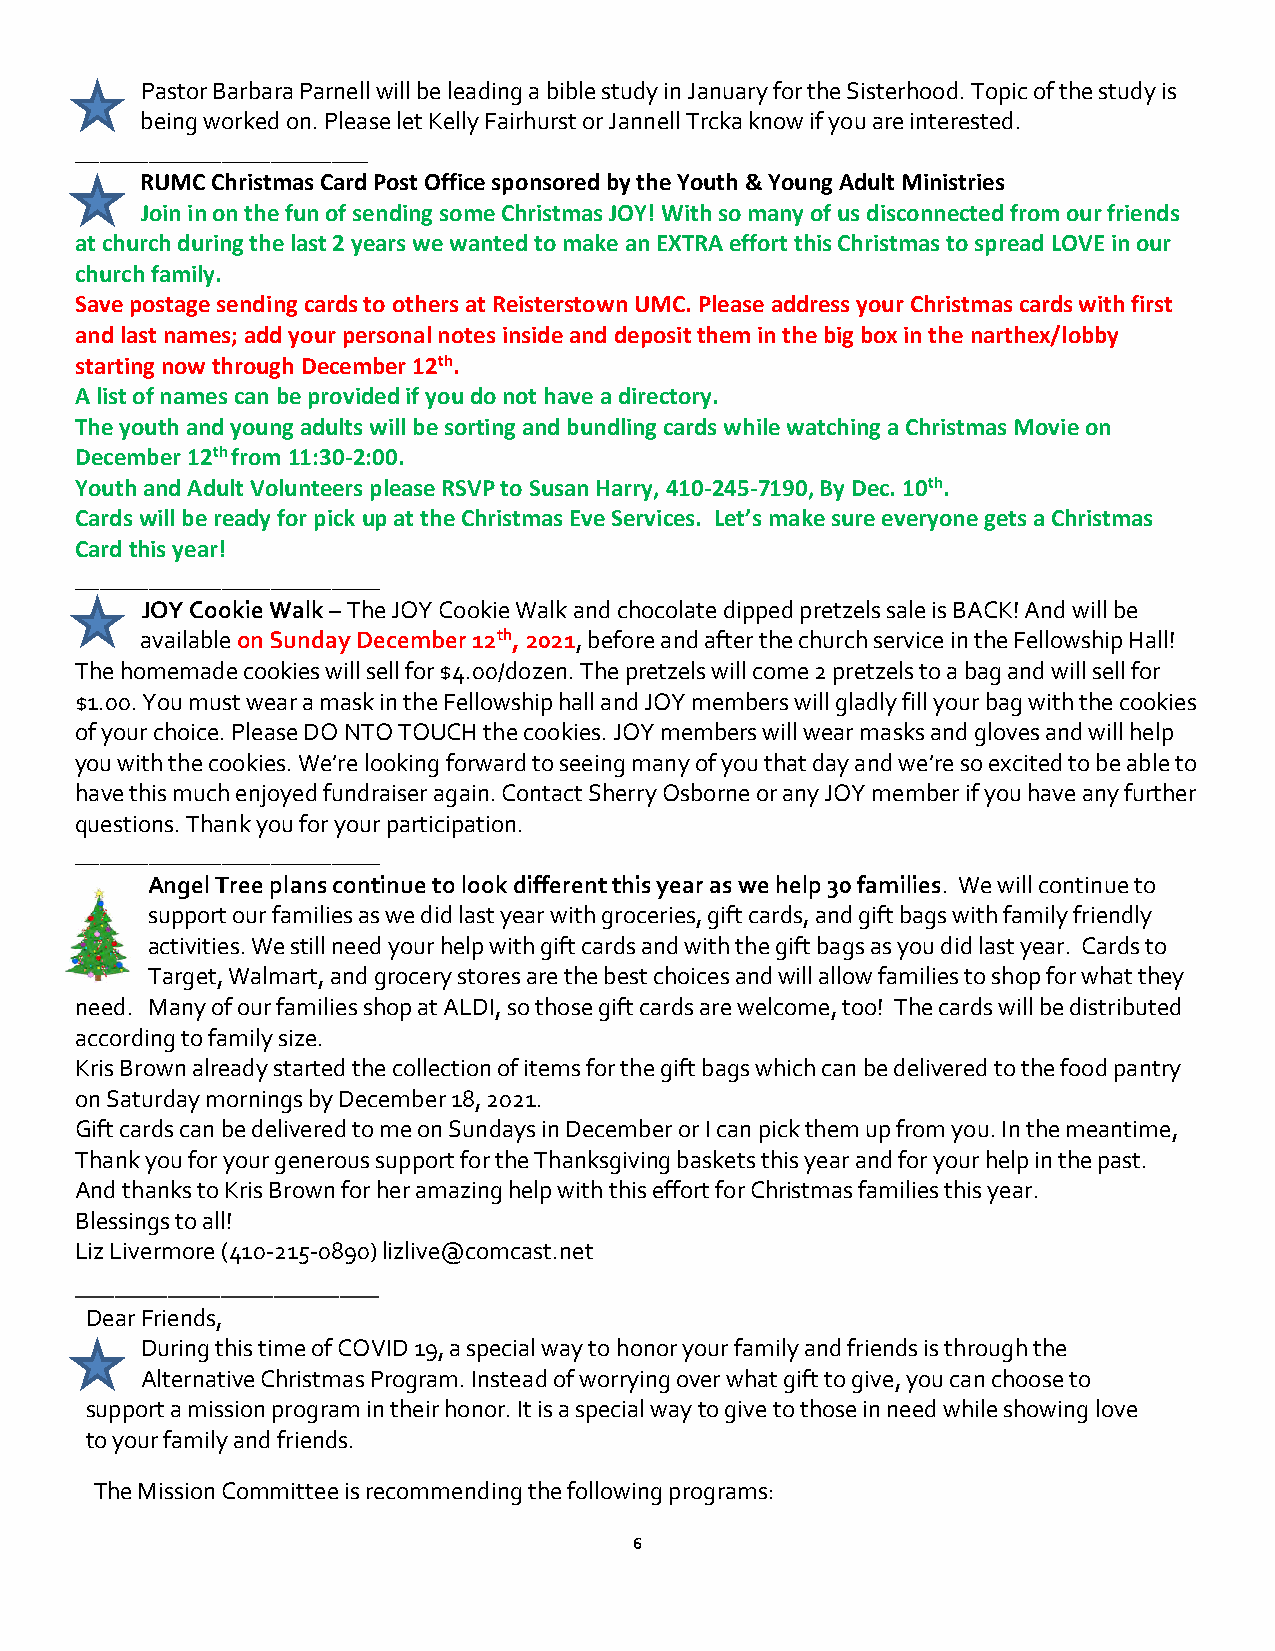
Pastor Barbara Parnell will be leading a bible study in January for the Sisterhood. Topic of the study is
 being worked on. Please let Kelly Fairhurst or Jannell Trcka know if you are interested.
 ________________________
 RUMC Christmas Card Post Office sponsored by the Youth & Young Adult Ministries
 Join in on the fun of sending some Christmas JOY! With so many of us disconnected from our friends
 at church during the last 2 years we wanted to make an EXTRA effort this Christmas to spread LOVE in our
 church family.
 Save postage sending cards to others at Reisterstown UMC. Please address your Christmas cards with first
 and last names; add your personal notes inside and deposit them in the big box in the narthex/lobby
 starting now through December 12th.
 A list of names can be provided if you do not have a directory.
 The youth and young adults will be sorting and bundling cards while watching a Christmas Movie on
 December 12th from 11:30-2:00.
 Youth and Adult Volunteers please RSVP to Susan Harry, 410-245-7190, By Dec. 10th.
 Cards will be ready for pick up at the Christmas Eve Services. Let’s make sure everyone gets a Christmas
 Card this year!
 _________________________
 JOY Cookie Walk – The JOY Cookie Walk and chocolate dipped pretzels sale is BACK! And will be
 available on Sunday December 12th, 2021, before and after the church service in the Fellowship Hall!
 The homemade cookies will sell for $4.00/dozen. The pretzels will come 2 pretzels to a bag and will sell for
 $1.00. You must wear a mask in the Fellowship hall and JOY members will gladly fill your bag with the cookies
 of your choice. Please DO NTO TOUCH the cookies. JOY members will wear masks and gloves and will help
 you with the cookies. We’re looking forward to seeing many of you that day and we’re so excited to be able to
 have this much enjoyed fundraiser again. Contact Sherry Osborne or any JOY member if you have any further
 questions. Thank you for your participation.
 _________________________
 Angel Tree plans continue to look different this year as we help 30 families. We will continue to
 support our families as we did last year with groceries, gift cards, and gift bags with family friendly
 activities. We still need your help with gift cards and with the gift bags as you did last year. Cards to
 Target, Walmart, and grocery stores are the best choices and will allow families to shop for what they
 need. Many of our families shop at ALDI, so those gift cards are welcome, too! The cards will be distributed
 according to family size.
 Kris Brown already started the collection of items for the gift bags which can be delivered to the food pantry
 on Saturday mornings by December 18, 2021.
 Gift cards can be delivered to me on Sundays in December or I can pick them up from you. In the meantime,
 Thank you for your generous support for the Thanksgiving baskets this year and for your help in the past.
 And thanks to Kris Brown for her amazing help with this effort for Christmas families this year.
 Blessings to all!
 Liz Livermore (410-215-0890) lizlive@comcast.net
 _______________________
 Dear Friends,
 During this time of COVID 19, a special way to honor your family and friends is through the
 Alternative Christmas Program. Instead of worrying over what gift to give, you can choose to
 support a mission program in their honor. It is a special way to give to those in need while showing love
 to your family and friends.
 The Mission Committee is recommending the following programs:
 6